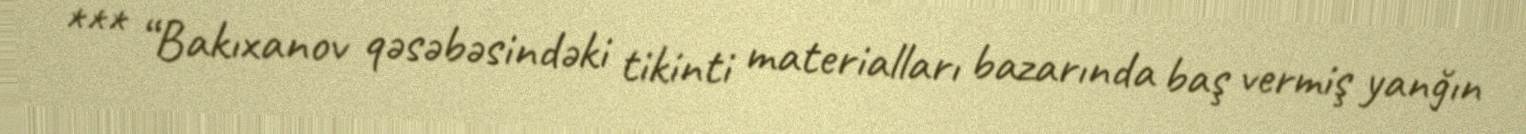
*** “Bakıxanov qəsəbəsindəki tikinti materialları bazarında baş vermiş yanğın